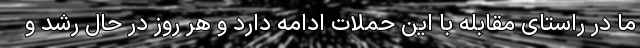
ما در راستای مقابله با این حملات ادامه دارد و هر روز در حال رشد و